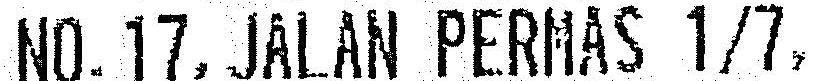
NO.17,JALAN PERMAS 1/7,